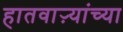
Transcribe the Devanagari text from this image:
हातवाऱ्यांच्या